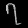
Digit: ၇